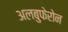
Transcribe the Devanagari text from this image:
अलबुफेरोन